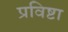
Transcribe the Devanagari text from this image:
प्रविष्टा